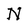
Character: N